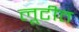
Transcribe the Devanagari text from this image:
लूटीत